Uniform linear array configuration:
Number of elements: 8
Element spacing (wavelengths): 1
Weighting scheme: blackman
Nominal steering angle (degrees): -30
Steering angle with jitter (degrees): -29.446
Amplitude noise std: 0.05
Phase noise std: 0.05

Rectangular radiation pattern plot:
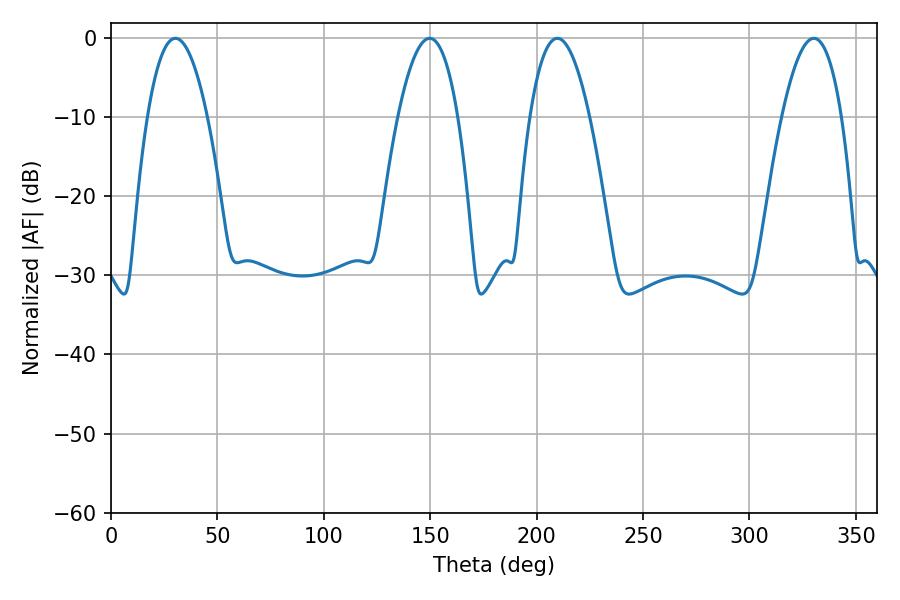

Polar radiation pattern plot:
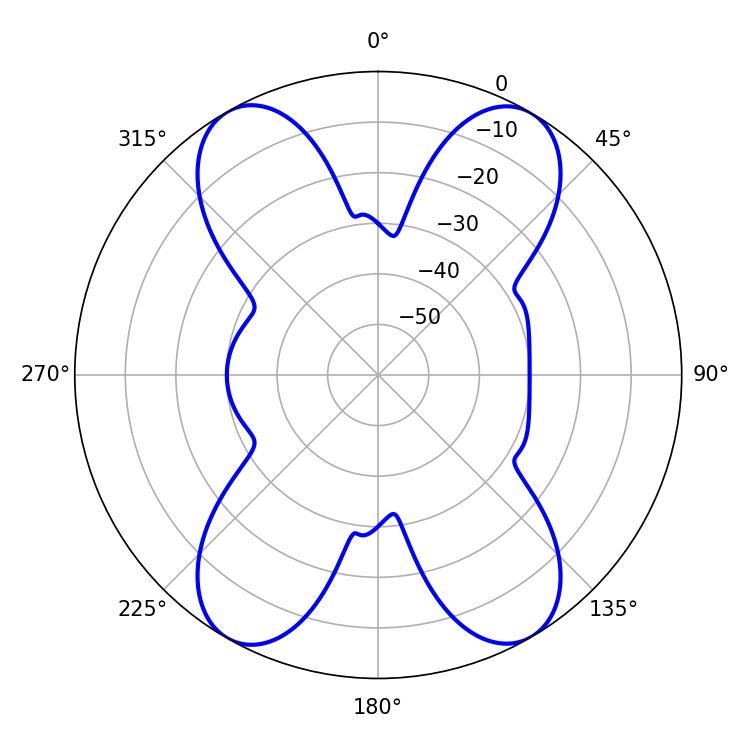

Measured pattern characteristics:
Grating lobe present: TRUE
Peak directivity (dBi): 25.923
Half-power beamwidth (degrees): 15.48
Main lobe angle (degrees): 209.7